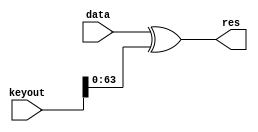
`timescale 1ns / 1ps
//////////////////////////////////////////////////////////////////////////////////
// Company: 
// Engineer: 
// 
// Design Name: 
// Module Name: addround
// Project Name: 
// Target Devices: 
// Tool Versions: 
// Description: 
// 
// Dependencies: 
// 
// Revision:
// Revision 0.01 - File Created
// Additional Comments:
// 
//////////////////////////////////////////////////////////////////////////////////


module addround(data,keyout,res);
input [63:0] data;
input [79:0] keyout;
output [63:0] res;
    
    assign res = data ^ keyout[63:0];
endmodule